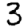
Digit: 3